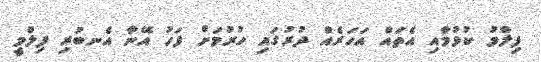
ފިލްމު ކުޅުމާއި އެތައް އަހަރެއް ދުރުގައި ހުރުމަށް ފަހު އޭނާ އެނބުރި ފިލްމީ